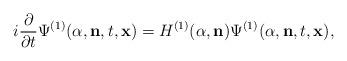
LaTeX: \begin{align*}i\frac{\partial}{\partial{t}}{\Psi}^{(1)}(\alpha,{\bf n},t,{\bf x})=H^{(1)}(\alpha,{\bf n}){\Psi}^{(1)}(\alpha,{\bf n},t,{\bf x}),\end{align*}